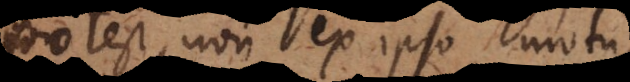
potest, non ex ipso mot